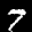
Label: 7